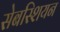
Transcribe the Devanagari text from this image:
सेबस्शियन